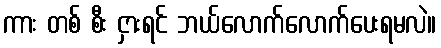
ကား တစ် စီး ငှားရင် ဘယ်လောက်လောက်ပေးရမလဲ။